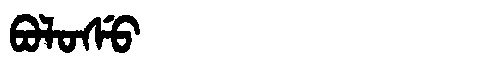
Manchu: ᠪᠣᠯᠣᠰᡠ
Romanization: BOLOSU